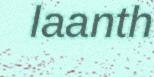
laanth